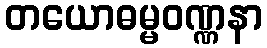
တယောဓမ္မဝဏ္ဏနာ